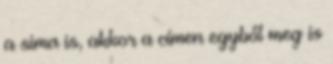
a sima is, akkor a címen egyből meg is